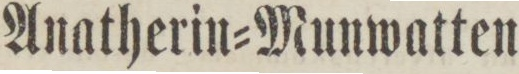
Anatherin=Munwatten.